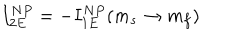
I _ { 2 E } ^ { N P } = - I _ { 1 E } ^ { N P } ( m _ { s } \rightarrow m _ { f } )